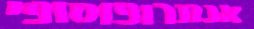
אנתרופוסופי